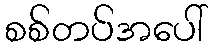
စစ်တပ်အပေါ်